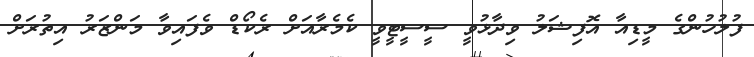
ފުލުހުންގެ މީޑިއާ އޮފިޝަލު ވިދާޅުވީ ސީސީޓީވީ ކެމެރާއަށް ރެކޯޑް ވެފައިވާ މަންޒަރު އިތުރަށް